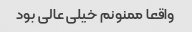
واقعا ممنونم خیلی عالی بود